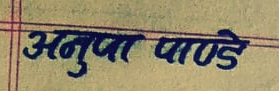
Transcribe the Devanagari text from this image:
अनुपा पाण्डे